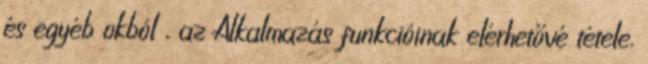
és egyéb okból , az Alkalmazás funkcióinak elérhetővé tétele.